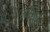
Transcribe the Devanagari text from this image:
लफ़ंगा